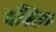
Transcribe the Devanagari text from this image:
नक्किच